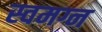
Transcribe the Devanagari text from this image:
स्वमग्न